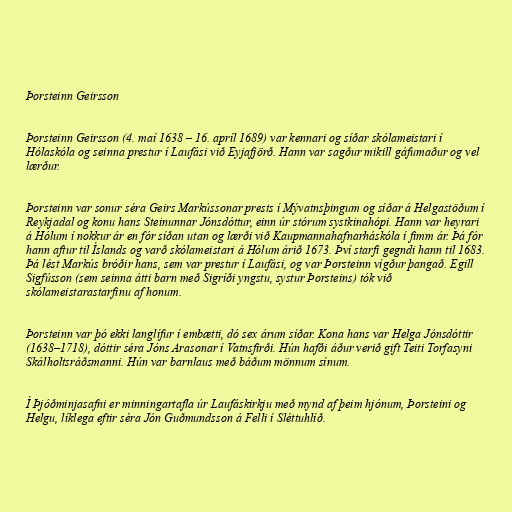
Þorsteinn Geirsson

Þorsteinn Geirsson (4. maí 1638 – 16. apríl 1689) var kennari og síðar skólameistari í
Hólaskóla og seinna prestur í Laufási við Eyjafjörð. Hann var sagður mikill gáfumaður og vel
lærður.

Þorsteinn var sonur séra Geirs Markússonar prests í Mývatnsþingum og síðar á Helgastöðum í
Reykjadal og konu hans Steinunnar Jónsdóttur, einn úr stórum systkinahópi. Hann var heyrari
á Hólum í nokkur ár en fór síðan utan og lærði við Kaupmannahafnarháskóla í fimm ár. Þá fór
hann aftur til Íslands og varð skólameistari á Hólum árið 1673. Því starfi gegndi hann til 1683.
Þá lést Markús bróðir hans, sem var prestur í Laufási, og var Þorsteinn vígður þangað. Egill
Sigfússon (sem seinna átti barn með Sigríði yngstu, systur Þorsteins) tók við
skólameistarastarfinu af honum.

Þorsteinn var þó ekki langlífur í embætti, dó sex árum síðar. Kona hans var Helga Jónsdóttir
(1638–1718), dóttir séra Jóns Arasonar í Vatnsfirði. Hún hafði áður verið gift Teiti Torfasyni
Skálholtsráðsmanni. Hún var barnlaus með báðum mönnum sínum.

Í Þjóðminjasafni er minningartafla úr Laufáskirkju með mynd af þeim hjónum, Þorsteini og
Helgu, líklega eftir séra Jón Guðmundsson á Felli í Sléttuhlíð.